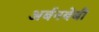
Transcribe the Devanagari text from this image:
अर्बनबेबी